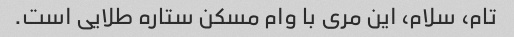
تام، سلام، این مری با وام مسکن ستاره طلایی است.